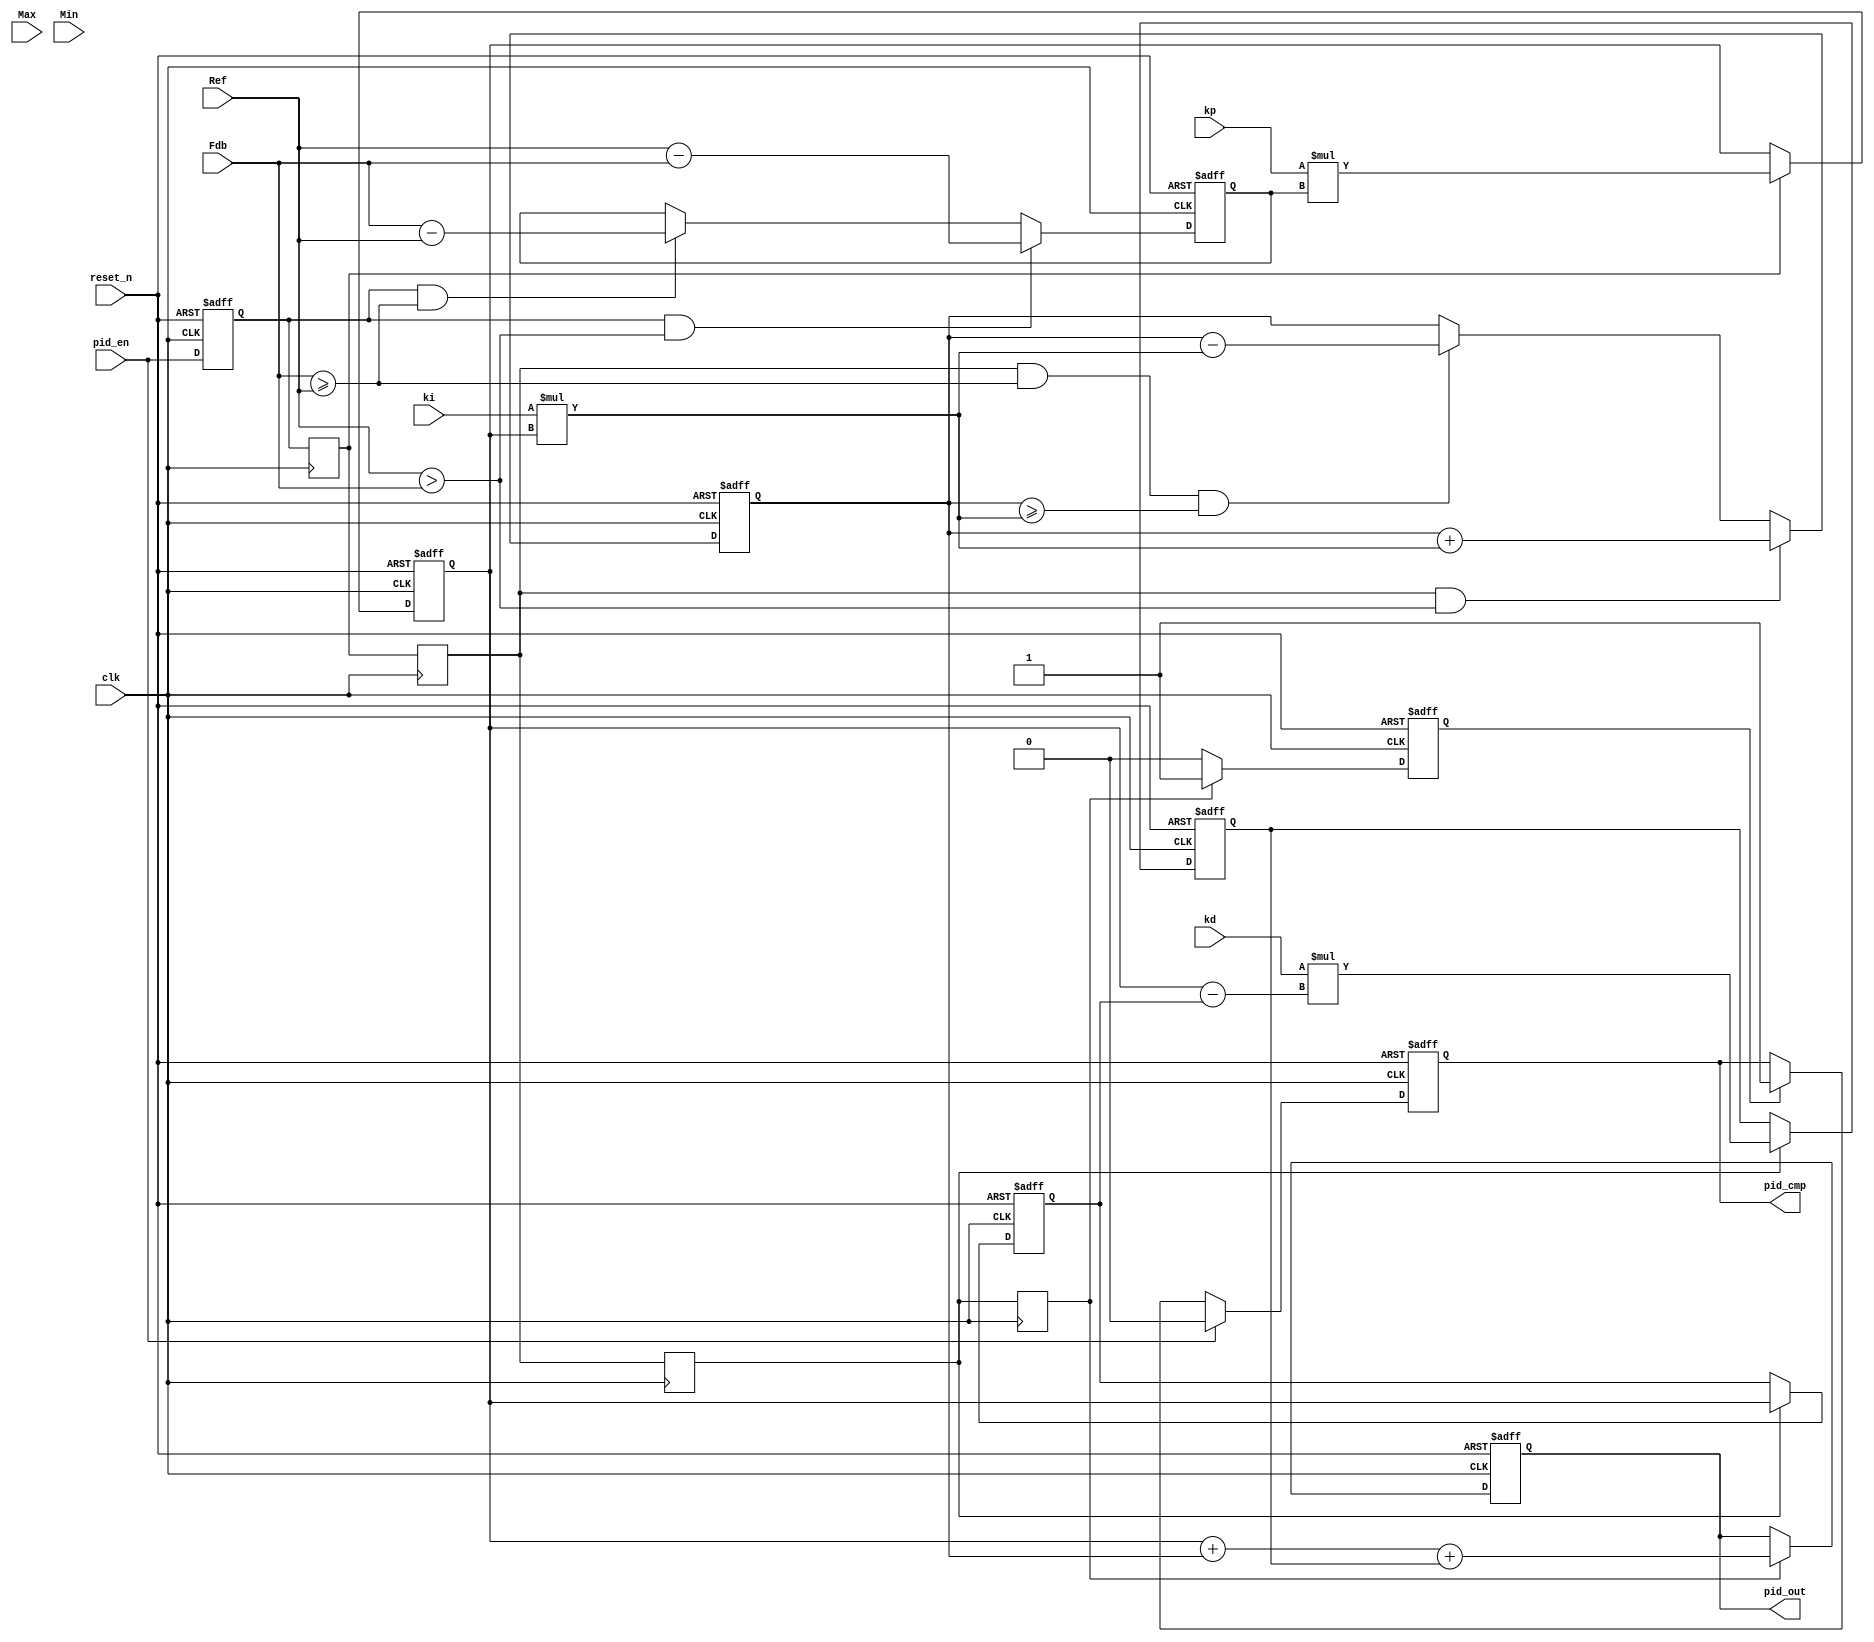
`timescale 1ns/100ps
module pid_controller (  
       input wire         clk,
       input wire         reset_n,
       input wire [31:0]  Ref,
       input wire [31:0]  Fdb,
       input wire [31:0]  kp,      
       input wire [31:0]  ki,
       input wire [31:0]  kd,
       input wire [31:0]  Max,
       input wire [31:0]  Min,
       input wire         pid_en,
       output reg         pid_cmp,
       output reg [31:0]  pid_out
);
 
 reg  [31:0] Err,Up,Ui,Ud,Up_prev;
 reg         pid_en_f1,pid_en_f2,pid_en_f3,pid_en_f4,pid_en_f5;  
 reg         temp_pid_cmp;
 
always @(posedge clk or negedge reset_n)
   if(~reset_n)
       pid_en_f1 <= #1 1'b0;
   else 
       pid_en_f1 <= #1 pid_en;
       
always @(posedge clk)
   pid_en_f2 <= #1 pid_en_f1;
always @(posedge clk)
   pid_en_f3 <= #1 pid_en_f2;
always @(posedge clk)
   pid_en_f4 <= #1 pid_en_f3;
always @(posedge clk)
   pid_en_f5 <= #1 pid_en_f4;
   
//-------------- Compute the error ------------------// 
 always @(posedge clk or negedge reset_n)   
   if(~reset_n)
	   Err <= #1 32'h0;
	else if( pid_en_f1 && ( Ref > Fdb ))
		Err <= #1 Ref - Fdb;
	else if( pid_en_f1 && ( Fdb >= Ref ))  
     Err <= #1 Fdb - Ref;
     
//------------- Compute the proportional output -------------//   
 always @(posedge clk or negedge reset_n)
   if( ~reset_n )
     Up <= #1 32'h0;
   else if( pid_en_f2 )                                    // P Controller
     Up <= #1 ((kp * Err));
     
//--------------- Compute the integral output -------------------//
 always @(posedge clk or negedge reset_n)
    if( ~reset_n )
      Ui <= 32'h0;
    else if(( pid_en_f3 ) && ( Ref > Fdb ))                   // I Controller
      Ui <= #1 (Ui + (ki*Up)) ;
    else if(( pid_en_f3 ) && ( Fdb >= Ref ) && ( Ui >= (ki*Up ))) 
      Ui <= #1 (Ui - (ki*Up)) ;

//---------------- Compute the derivative output -----------------//
 always @(posedge clk or negedge reset_n)
    if( ~reset_n )
       begin
       	Ud      <= #1 32'h0;
       	Up_prev <= #1 32'h0;
       end
    else if ( pid_en_f4 )                                 // D Controller
       begin
       	Ud      <= #1 kd*(Up - Up_prev);
       	Up_prev <= #1 Up;
       end
		 
//--------------------Compute the final output --------------------//
always @(posedge clk or negedge reset_n)
  if( ~reset_n )
     begin
	  pid_out      <= #1 32'h0;
	  temp_pid_cmp <= #1 1'b0;
	  end
  else if( pid_en_f5 )
    begin
      pid_out      <= #1 Up + Ui + Ud;   
      temp_pid_cmp <= #1 1'b1;  
	 end
  else
    begin
      pid_out      <= #1 pid_out;
      temp_pid_cmp <= #1 1'b0;
    end  

//-----------PID_cmp Calculation -------/
always @(posedge clk or negedge reset_n)
	if( ~reset_n )
		pid_cmp <= #1 0;
	else if ( pid_en )
      pid_cmp <= #1 0;  	
	else if( temp_pid_cmp == 1 )
		pid_cmp <= #1 temp_pid_cmp;

endmodule